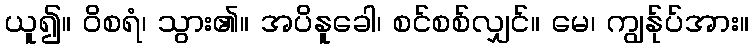
ယူ၍။ ဝိစရံ၊ သွား၏။ အပိနူခေါ၊ စင်စစ်လျှင်။ မေ၊ ကျွန်ုပ်အား။